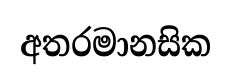
අතරමානසික